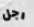
رجل